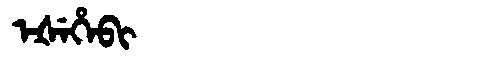
Manchu: ᡝᡧᡝᡥᡝᠪᡳ
Romanization: EŠEHEBI